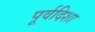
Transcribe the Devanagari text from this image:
पूर्वदिशा